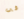
في